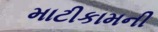
માટીકામની